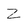
Character: Z